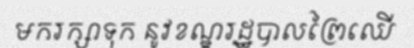
មករក្សាទុក នូវខណ្ឌរដ្ឋបាលព្រៃឈើ